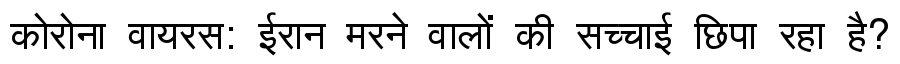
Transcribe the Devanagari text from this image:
कोरोना वायरस: ईरान मरने वालों की सच्चाई छिपा रहा है?